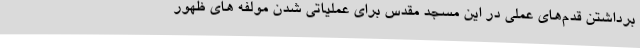
برداشتن قدم‌های عملی در این مسجد مقدس برای عملیاتی شدن مولفه های ظهور